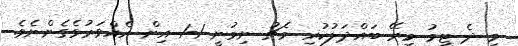
މި ދެ ޓީމު މިރޭ ބައްދަލުކުރި މެޗު ނިމުނީ 1-1 އިން އެއްވަރުވެގެންނެވެ.